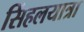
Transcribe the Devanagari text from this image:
सिंहलयात्रा